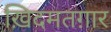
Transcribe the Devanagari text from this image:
ख़िदमतग़ार